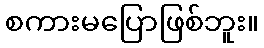
စကားမပြောဖြစ်ဘူး။